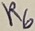
Text: R6